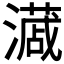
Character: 𭳎